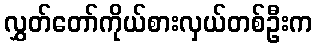
လွှတ်တော်ကိုယ်စားလှယ်တစ်ဦးက